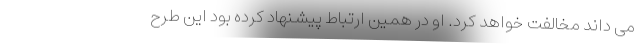
می داند مخالفت خواهد کرد. او در همین ارتباط پیشنهاد کرده بود این طرح